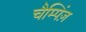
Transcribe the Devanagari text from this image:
चैम्पिंज़